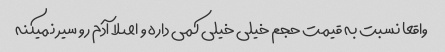
واقعا نسبت به قیمت حجم خیلی خیلی کمی داره و اصلا آدم رو سیر نمیکنه